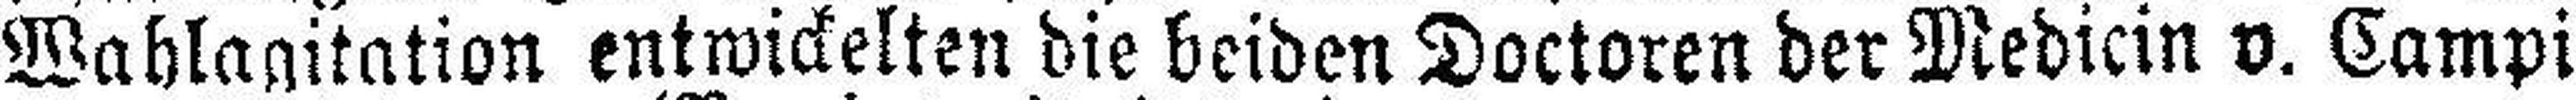
Wahlagitation entwickelten die beiden Doctoren der Medicin v. Campi